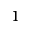
^ 1